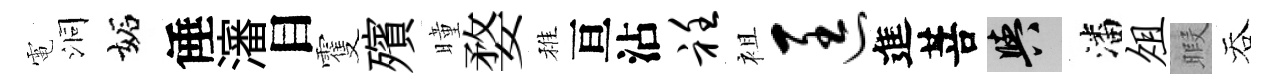
電洞妬倕瀋目䨥殯曈婺稚亘沾衽袓匡進菩阳潘俎暇吞